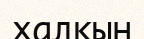
халқын